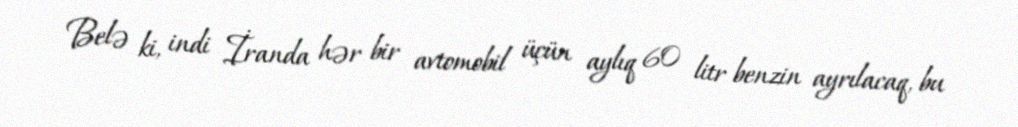
Belə ki, indi İranda hər bir avtomobil üçün aylıq 60 litr benzin ayrılacaq, bu